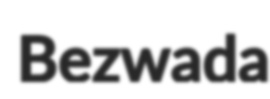
Bezwada